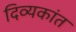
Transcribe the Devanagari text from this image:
दिव्यकांत